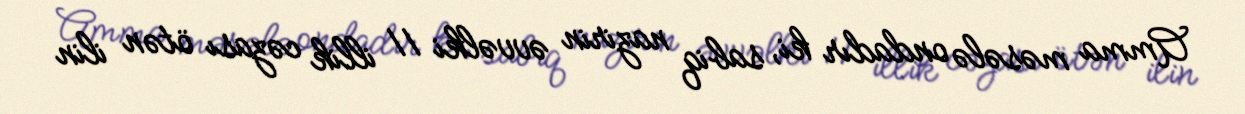
Amma məsələ ondadır ki, sabiq nazirin əvvəlki 11 illik cəzası ötən ilin